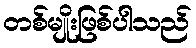
တစ်မျိုးဖြစ်ပါသည်